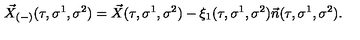
\vec { X } _ { ( - ) } ( \tau , \sigma ^ { 1 } , \sigma ^ { 2 } ) = \vec { X } ( \tau , \sigma ^ { 1 } , \sigma ^ { 2 } ) - \xi _ { 1 } ( \tau , \sigma ^ { 1 } , \sigma ^ { 2 } ) \vec { n } ( \tau , \sigma ^ { 1 } , \sigma ^ { 2 } ) .